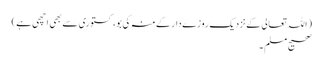
( اللہ تعالی کےنزدیک روزےدارکےمنہ کی بو، کستوری سےبھی اچھی ہے )
صحیح مسلم ۔